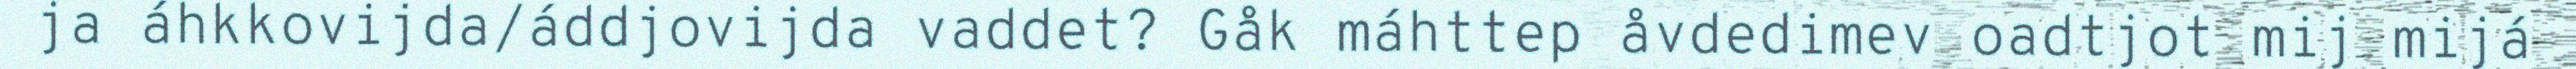
ja áhkkovijda/áddjovijda vaddet? Gåk máhttep åvdedimev oadtjot mij mijá